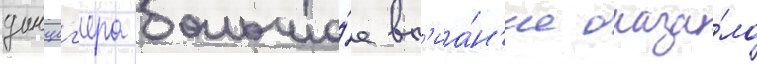
данциг'ера большо́е вл'иа́н'ие оказа́ло